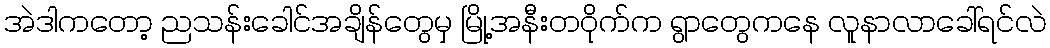
အဲဒါကတော့ ညသန်းခေါင်အချိန်တွေမှ မြို့အနီးတဝိုက်က ရွာတွေကနေ လူနာလာခေါ်ရင်လဲ